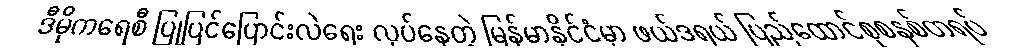
ဒီမိုကရေစီ ပြုပြင်ပြောင်းလဲရေး လုပ်နေတဲ့ မြန်မာနိုင်ငံမှာ ဖယ်ဒရယ် ပြည်ထောင်စုစနစ်တရပ်